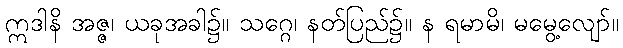
ဣဒါနိ အဇ္ဇ၊ ယခုအခါ၌။ သဂ္ဂေ၊ နတ်ပြည်၌။ န ရမာမိ၊ မမွေ့လျော်။